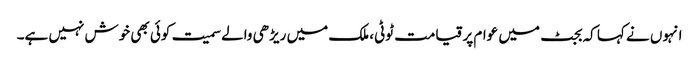
انہوں نے کہا کہ بجٹ میں عوام پر قیامت ٹوٹی، ملک میں ریڑھی والے سمیت کوئی بھی خوش نہیں ہے۔